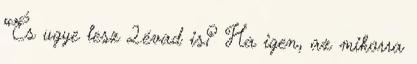
“És ugye lesz 2.évad is? Ha igen, az mikorra